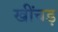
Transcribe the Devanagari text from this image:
खींचड़